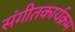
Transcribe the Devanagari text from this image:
संगीतकार्यक्रम